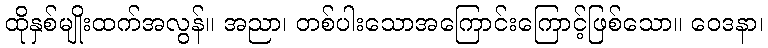
ထိုနှစ်မျိုးထက်အလွန်။ အညာ၊ တစ်ပါးသောအကြောင်းကြောင့်ဖြစ်သော။ ဝေဒနာ၊